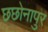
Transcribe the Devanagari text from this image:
छछोनापुर